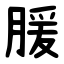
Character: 䐘